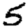
Digit: 5